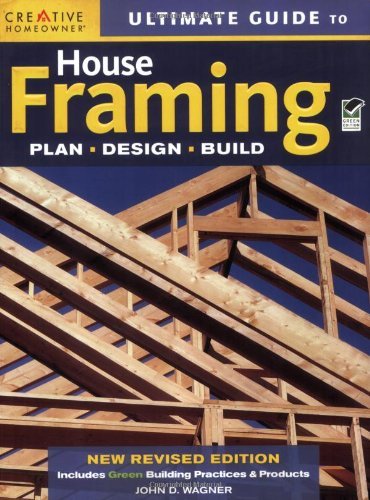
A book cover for Ultimate Guide to House Framing [Paperback] [2009] (Author) John D. Wagner, Home Improvement, How-To; Crafts, Hobbies & Home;